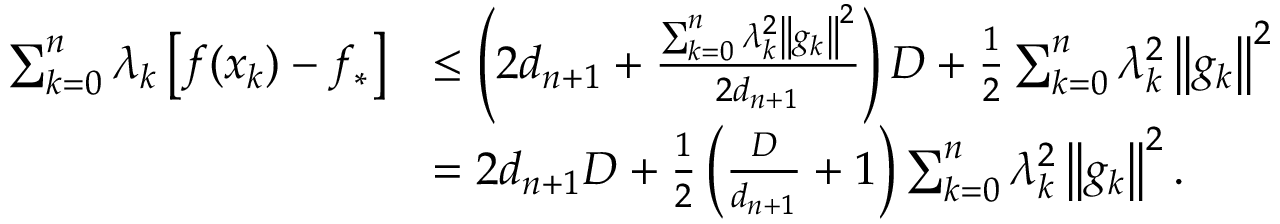
\begin{array} { r l } { \sum _ { k = 0 } ^ { n } \lambda _ { k } \left[ f ( x _ { k } ) - f _ { * } \right] } & { \leq \left( 2 d _ { n + 1 } + \frac { \sum _ { k = 0 } ^ { n } \lambda _ { k } ^ { 2 } \left\Vert g _ { k } \right\Vert ^ { 2 } } { 2 d _ { n + 1 } } \right) D + \frac { 1 } { 2 } \sum _ { k = 0 } ^ { n } \lambda _ { k } ^ { 2 } \left\Vert g _ { k } \right\Vert ^ { 2 } } \\ & { = 2 d _ { n + 1 } D + \frac { 1 } { 2 } \left( \frac { D } { d _ { n + 1 } } + 1 \right) \sum _ { k = 0 } ^ { n } \lambda _ { k } ^ { 2 } \left\Vert g _ { k } \right\Vert ^ { 2 } . } \end{array}